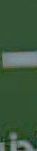
-